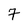
Character: 7